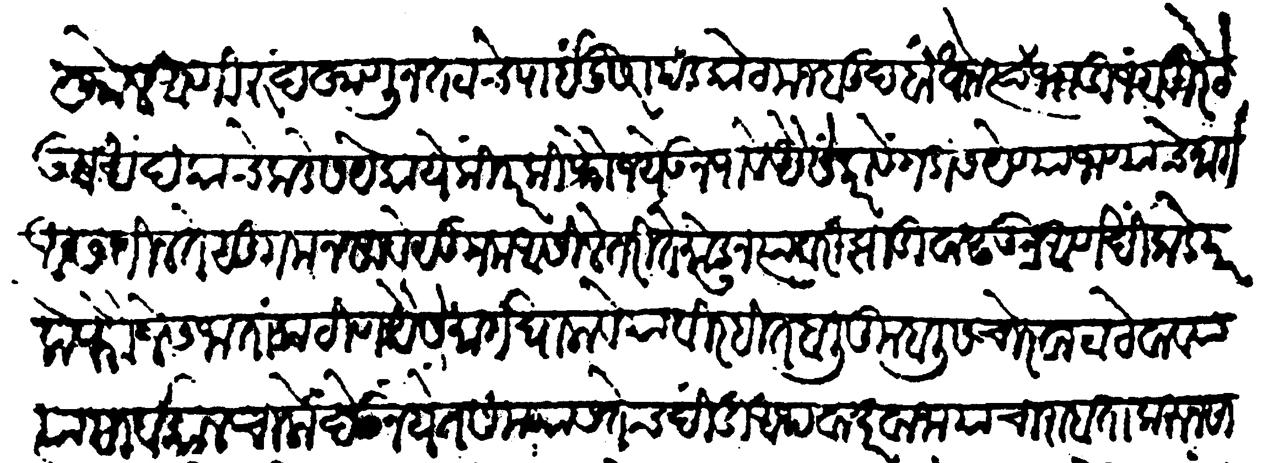
Transliteration (Devanagari): खोल आणि रुंद खणून तटाचे पाई दुसरा पडकोट मजबूद बांधोन त्यावरी भांडीं जुबरे ठेऊन खंदकाचे कडेस येकायेकीं परकी फौज येऊं न पावे यैसें करावें गडास देण्याजाण्याचे मार्ग आसतील ते सुगम नसावे सुगम आसिले तरी ते मोडून त्यावरी झाडी वाढऊन आणखीकडे परके फौजेस जाता कठीण यैसे मार्ग घालावे याविरहित बलिकुबलीस चोरवाटा ठेवाव्या त्या सार्वकाळ चालो देऊ नयेत समयास तेच दिंडी अथवा दरवाजा याचा राबता करून सामान